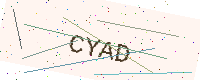
Text: CYAD